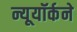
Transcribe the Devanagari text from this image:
न्यूयॉर्कने